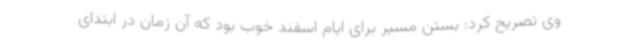
وی تصریح کرد: بستن مسیر برای ایام اسفند خوب بود که آن زمان در ابتدای